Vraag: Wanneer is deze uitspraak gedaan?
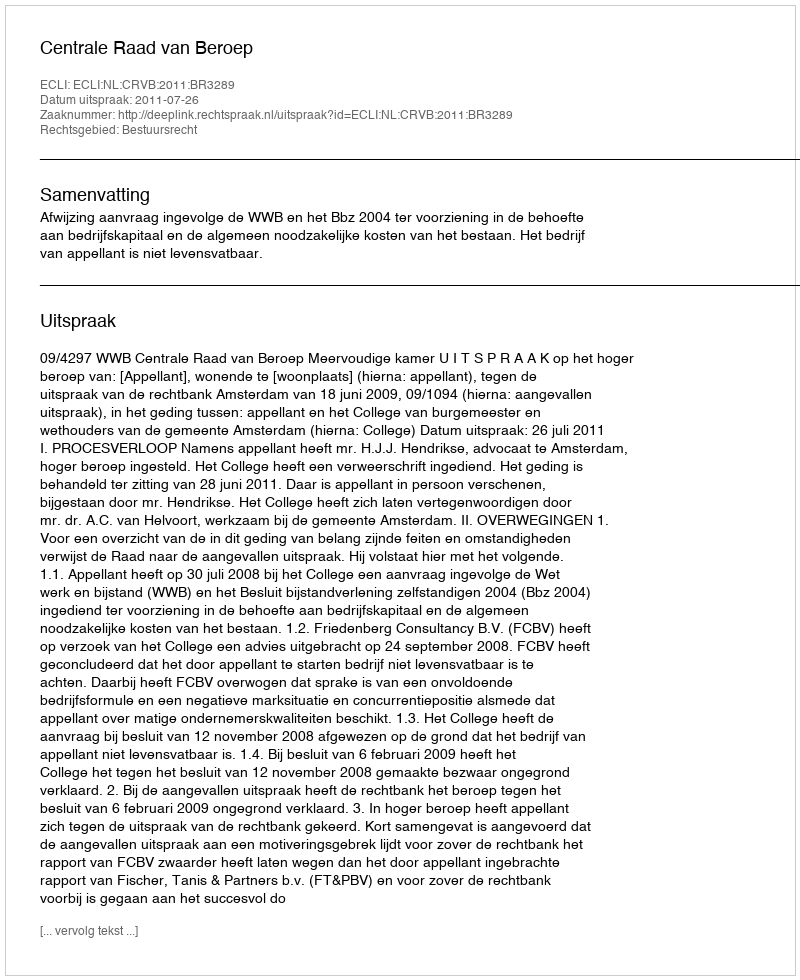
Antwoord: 2011-07-26